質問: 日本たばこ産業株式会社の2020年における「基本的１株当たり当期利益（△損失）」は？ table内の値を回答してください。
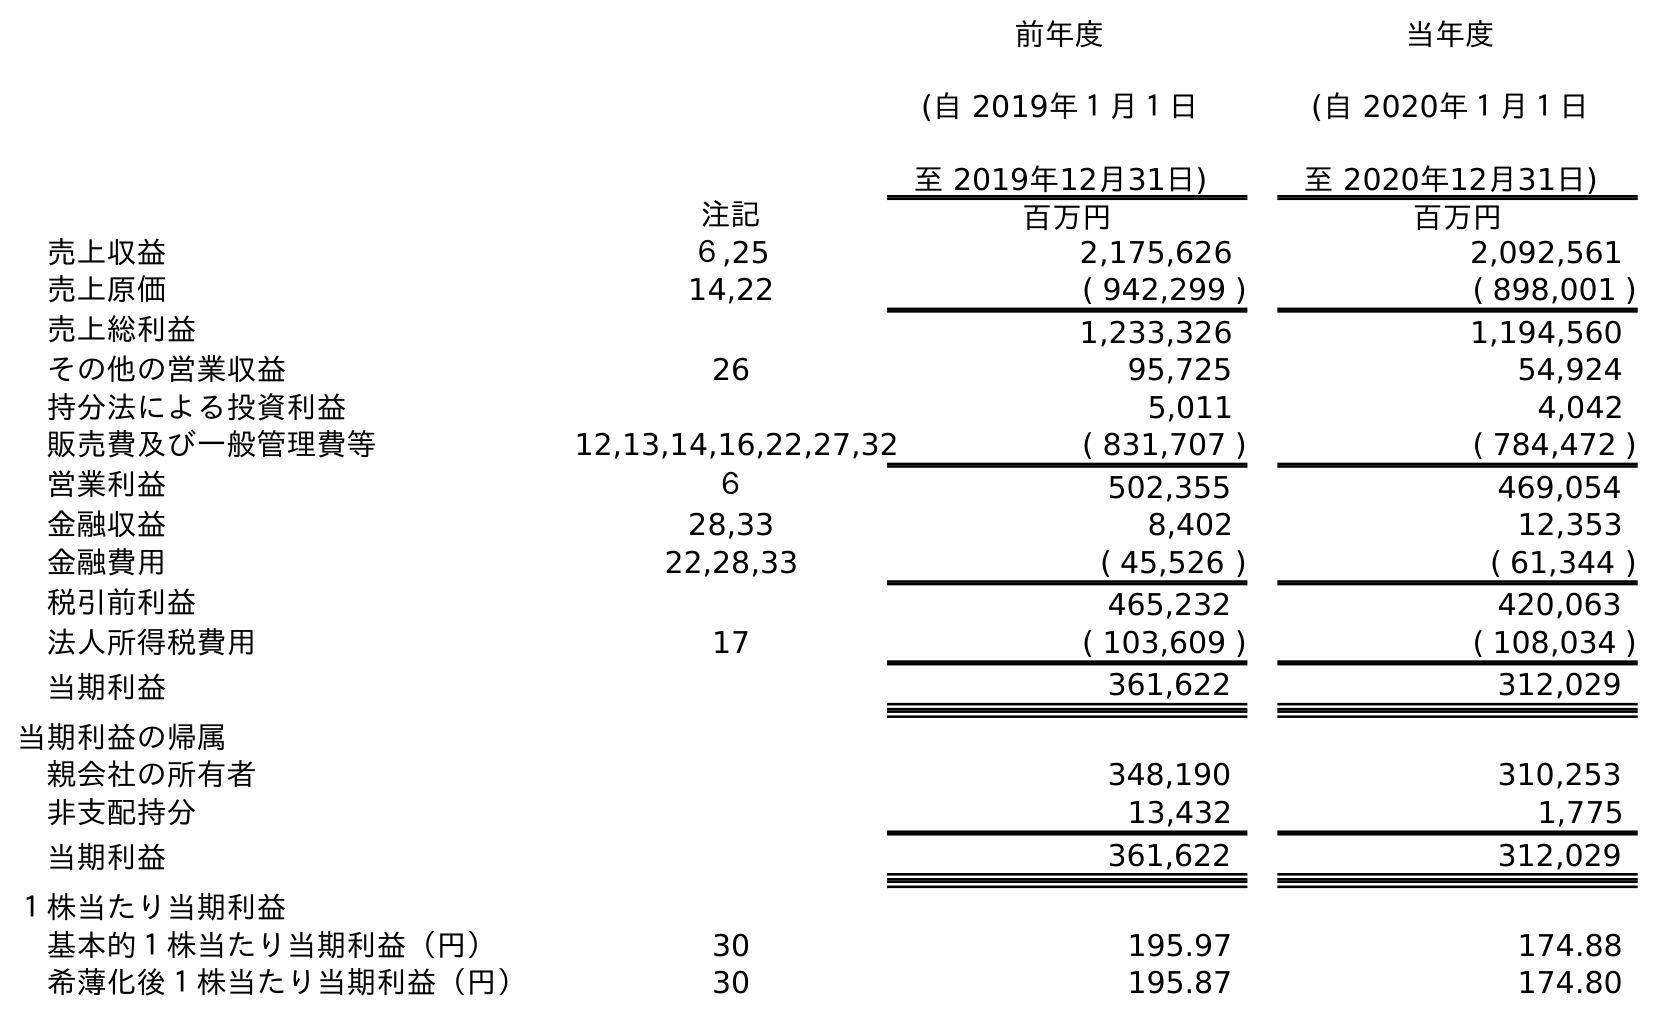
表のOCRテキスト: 前年度 (自 2019年１月１日 至 2019年12月31日) 当年度 (自 2020年１月１日 至 2020年12月31日) 注記 百万円 百万円 売上収益 ６,25 2,175,626 2,092,561 売上原価 14,22 ( 942,299 ) ( 898,001 ) 売上総利益 1,233,326 1,194,560 その他の営業収益 26 95,725 54,924 持分法による投資利益 5,011 4,042 販売費及び一般管理費等 12,13,14,16,22,27,32 ( 831,707 ) ( 784,472 ) 営業利益 ６ 502,355 469,054 金融収益 28,33 8,402 12,353 金融費用 22,28,33 ( 45,526 ) ( 61,344 ) 税引前利益 465,232 420,063 法人所得税費用 17 ( 103,609 ) ( 108,034 ) 当期利益 361,622 312,029 当期利益の帰属 親会社の所有者 348,190 310,253 非支配持分 13,432 1,775 当期利益 361,622 312,029 １株当たり当期利益 基本的１株当たり当期利益（円） 30 195.97 174.88 希薄化後１株当たり当期利益（円） 30 195.87 174.80
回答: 174.88